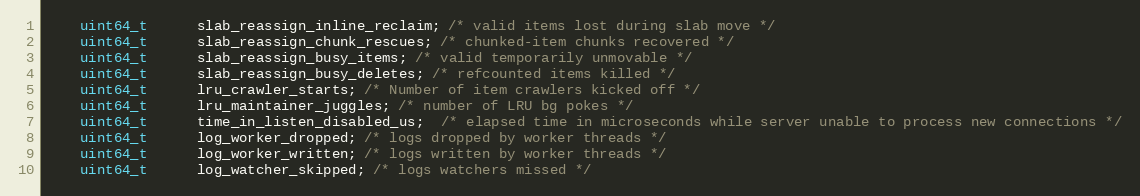
Language: C
    uint64_t      slab_reassign_inline_reclaim; /* valid items lost during slab move */
    uint64_t      slab_reassign_chunk_rescues; /* chunked-item chunks recovered */
    uint64_t      slab_reassign_busy_items; /* valid temporarily unmovable */
    uint64_t      slab_reassign_busy_deletes; /* refcounted items killed */
    uint64_t      lru_crawler_starts; /* Number of item crawlers kicked off */
    uint64_t      lru_maintainer_juggles; /* number of LRU bg pokes */
    uint64_t      time_in_listen_disabled_us;  /* elapsed time in microseconds while server unable to process new connections */
    uint64_t      log_worker_dropped; /* logs dropped by worker threads */
    uint64_t      log_worker_written; /* logs written by worker threads */
    uint64_t      log_watcher_skipped; /* logs watchers missed */